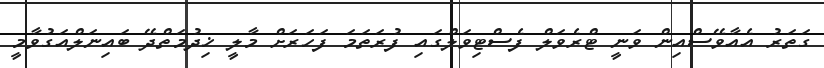
ގަތަރު އެއާވޭސްއިން ވަނީ ޓްރެވަލް ފެސްޓިވަލްގައި ފުރަތަމަ ފަހަރަށް މާލީ ޚިދުމަތްދޭ ބައިނަލްއަގުވާމީ